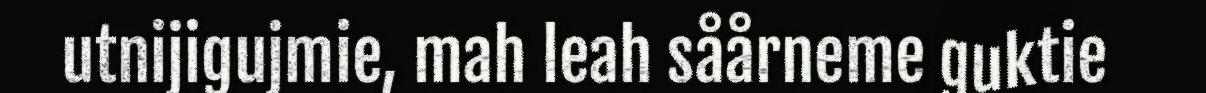
utnijigujmie, mah leah såårneme guktie